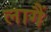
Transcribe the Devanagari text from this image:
लागैं